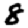
Digit: 8